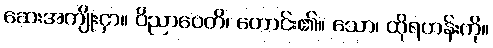
ဆေးအကျိုးငှာ။ ဝိညာပေတိ၊ တောင်း၏။ သော၊ ထိုရဟန်းကို။